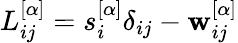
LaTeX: L_{ij}^{[\alpha]}=s_{i}^{[\alpha]}\delta_{ij}-\mathbf{w}_{ij}^{[\alpha]}